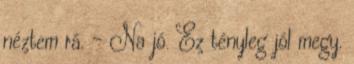
néztem rá. - Na jó. Ez tényleg jól megy.